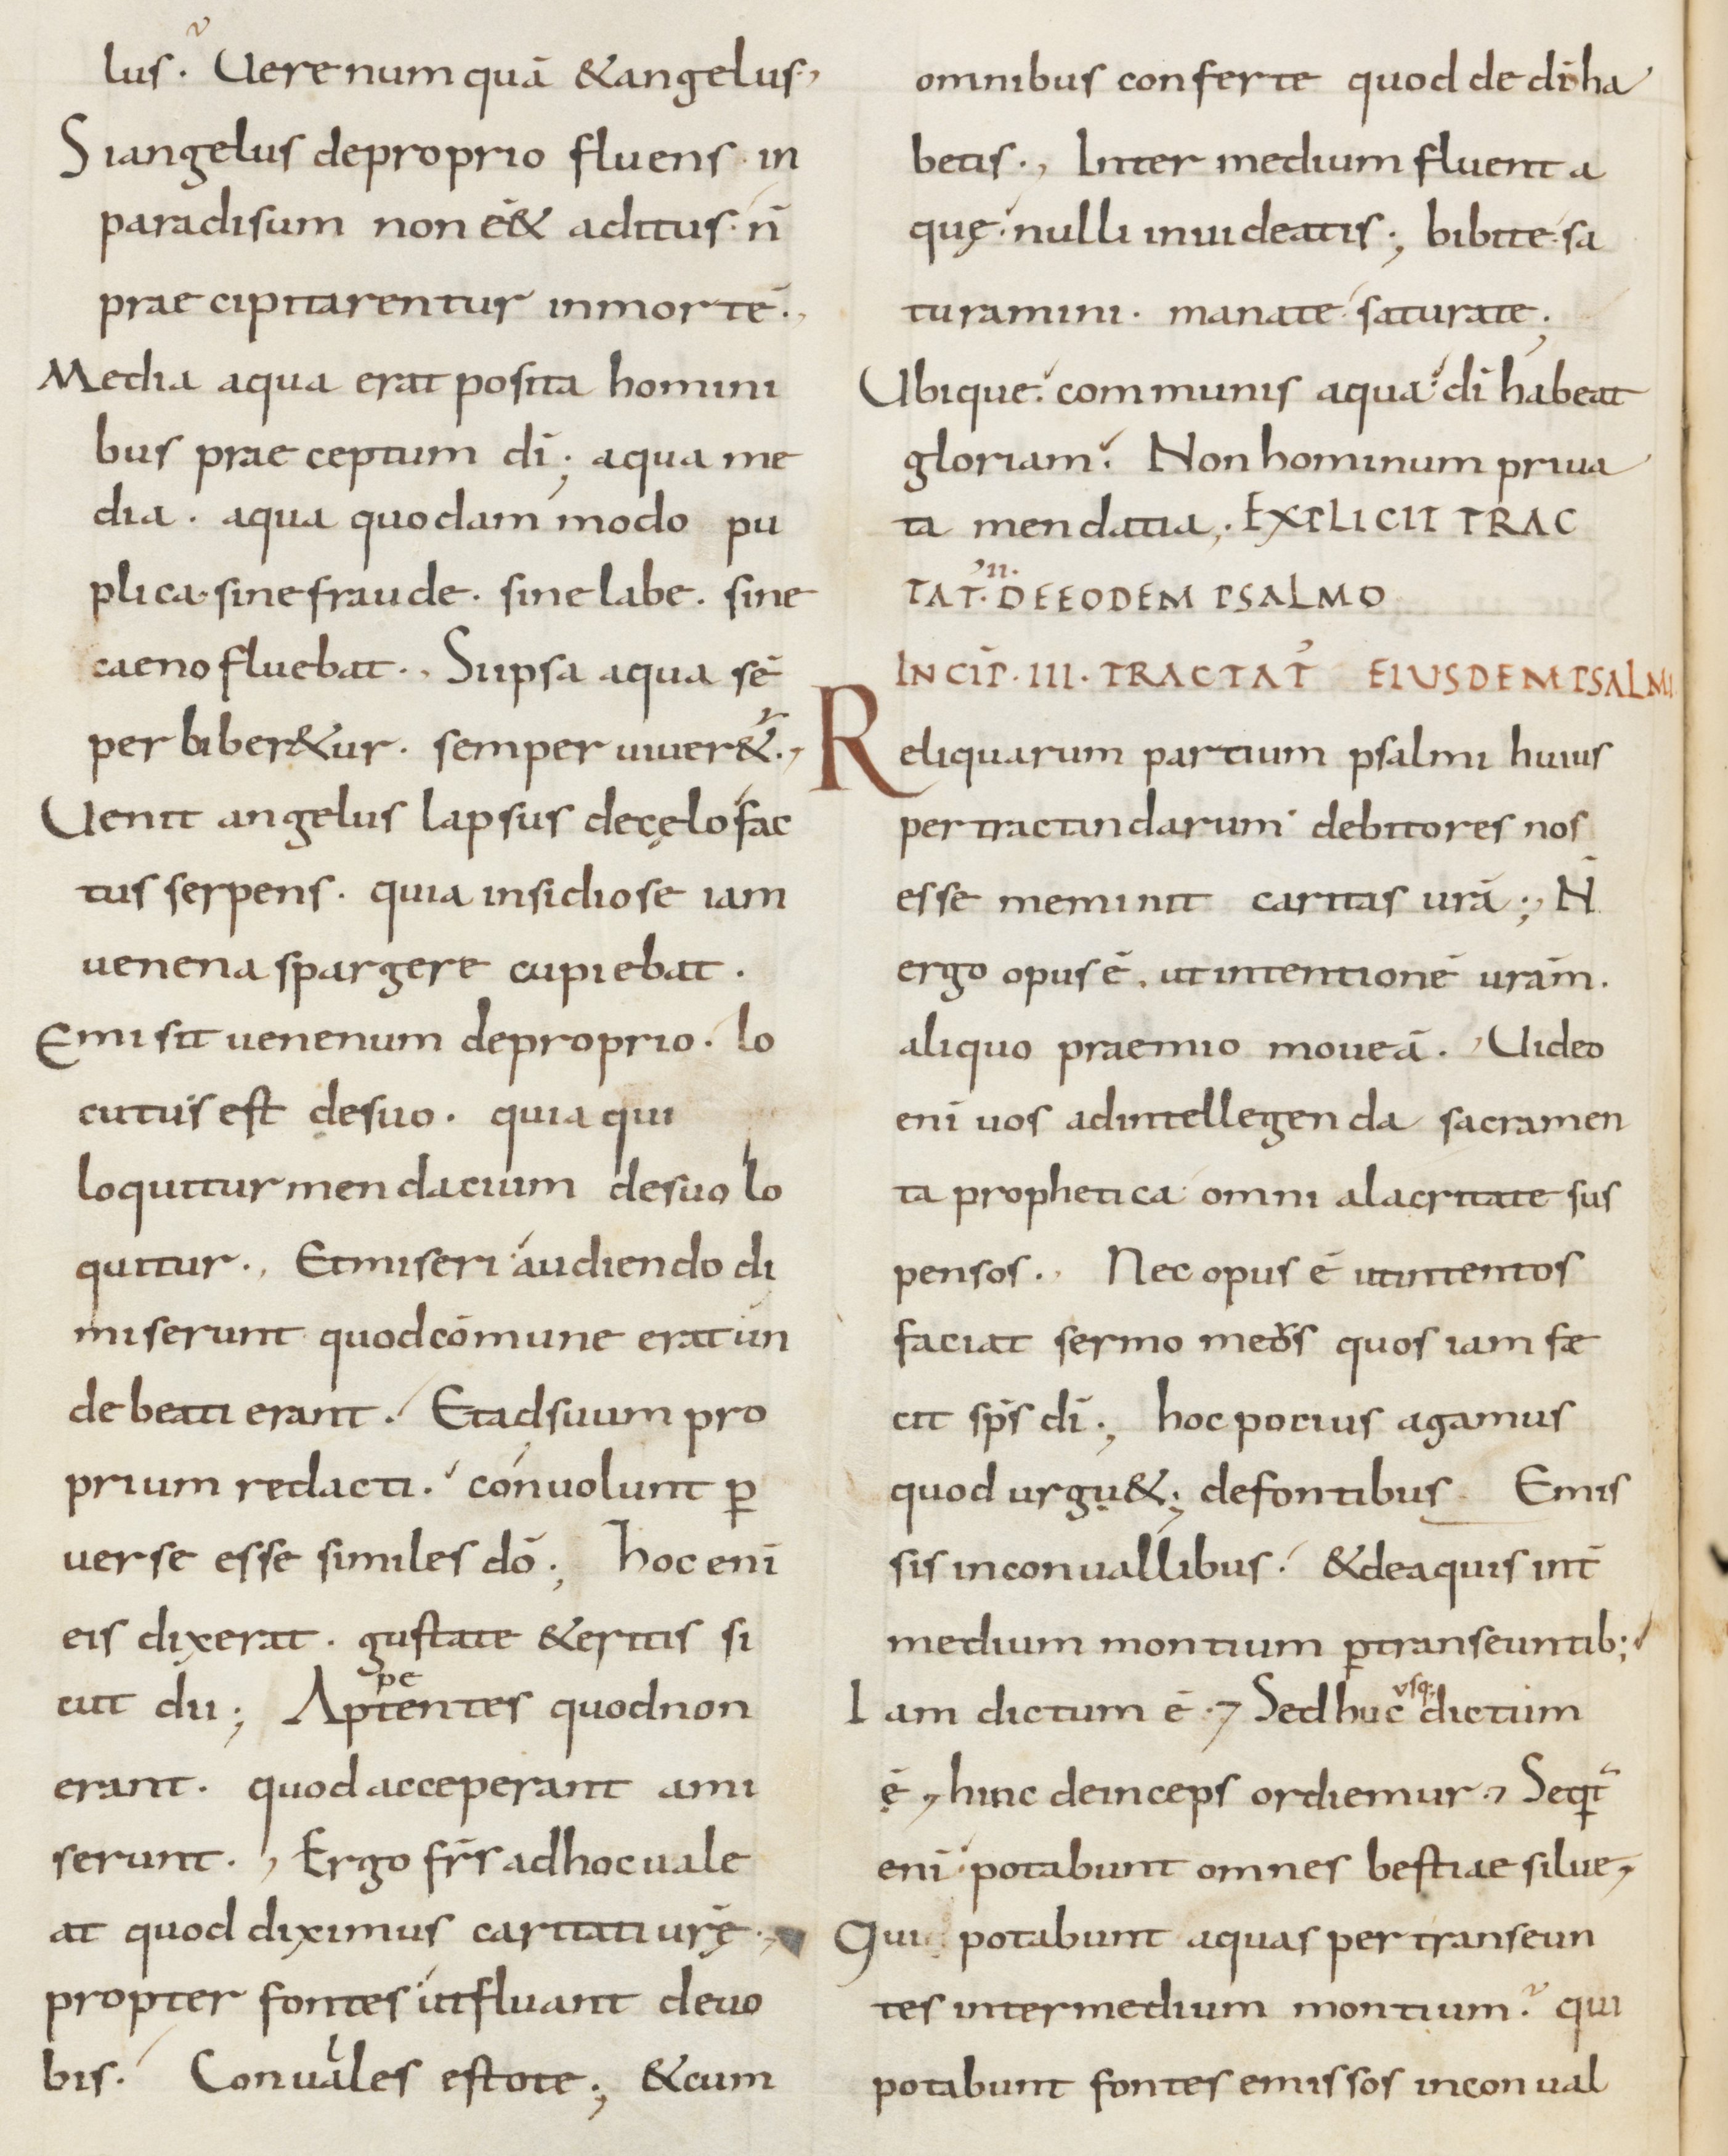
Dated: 800–899